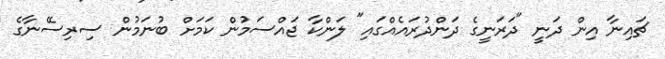
ޗައިނާ އިން ދަނީ "ދަރަނީގެ ދަންދުރައެއްގައި" ލަންކާ ޖައްސަމުން ކަމަށް ބުނަމުން ސިރިސޭނާގެ